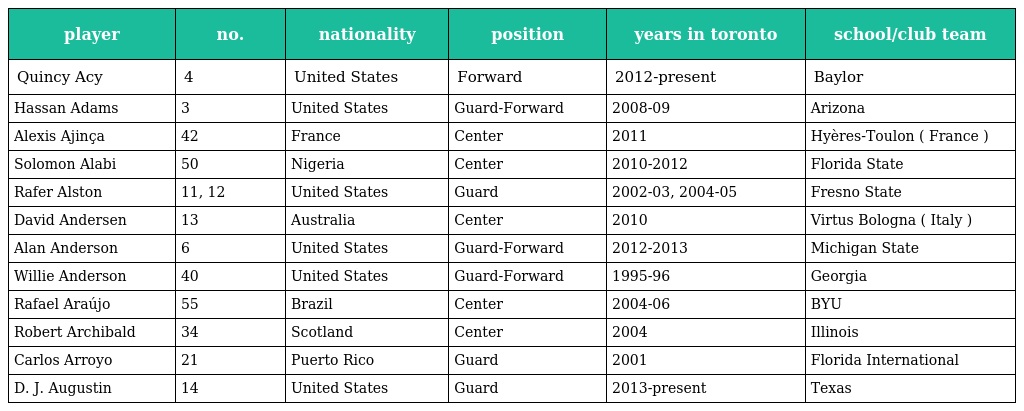
| player | no. | nationality | position | years in toronto | school/club team |
 | --- | --- | --- | --- | --- | --- |
 | Quincy Acy | 4 | United States | Forward | 2012-present | Baylor |
 | Hassan Adams | 3 | United States | Guard-Forward | 2008-09 | Arizona |
 | Alexis Ajinça | 42 | France | Center | 2011 | Hyères-Toulon ( France ) |
 | Solomon Alabi | 50 | Nigeria | Center | 2010-2012 | Florida State |
 | Rafer Alston | 11, 12 | United States | Guard | 2002-03, 2004-05 | Fresno State |
 | David Andersen | 13 | Australia | Center | 2010 | Virtus Bologna ( Italy ) |
 | Alan Anderson | 6 | United States | Guard-Forward | 2012-2013 | Michigan State |
 | Willie Anderson | 40 | United States | Guard-Forward | 1995-96 | Georgia |
 | Rafael Araújo | 55 | Brazil | Center | 2004-06 | BYU |
 | Robert Archibald | 34 | Scotland | Center | 2004 | Illinois |
 | Carlos Arroyo | 21 | Puerto Rico | Guard | 2001 | Florida International |
 | D. J. Augustin | 14 | United States | Guard | 2013-present | Texas |